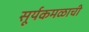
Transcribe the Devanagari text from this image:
सूर्यकमळाची